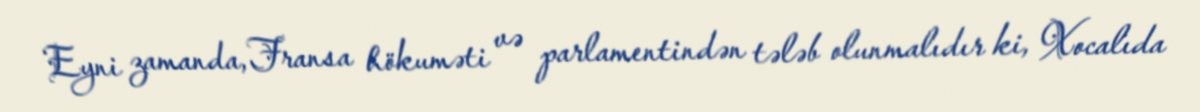
Eyni zamanda, Fransa hökuməti və parlamentindən tələb olunmalıdır ki, Xocalıda